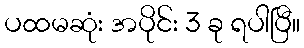
ပထမဆုံး အပိုင်း 3 ခု ရပါပြီ။